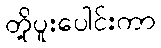
တို့ပူးပေါင်းကာ